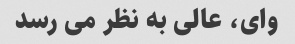
وای، عالی به نظر می رسد